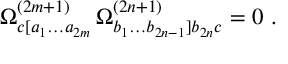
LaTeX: \Omega _ { c [ a _ { 1 } \ldots a _ { 2 m } } ^ { ( 2 m + 1 ) } \, \Omega _ { b _ { 1 } \ldots b _ { 2 n - 1 } ] b _ { 2 n } c } ^ { ( 2 n + 1 ) } = 0 \ .